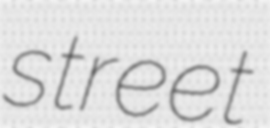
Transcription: street